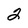
Character: 2